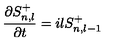
\frac { \partial S _ { n , l } ^ { + } } { \partial t } = i l S _ { n , l - 1 } ^ { + }